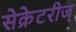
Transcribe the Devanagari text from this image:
सेक्रेटरीज्